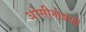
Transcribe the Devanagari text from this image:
ओसीनोग्रफी